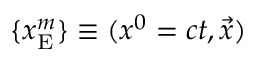
\{ x _ { \mathrm { E } } ^ { m } \} \equiv ( x ^ { 0 } = c t , { \vec { x } } )